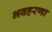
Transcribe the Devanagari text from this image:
भवहरणा